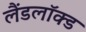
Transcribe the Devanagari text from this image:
लैंडलॉक्ड